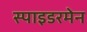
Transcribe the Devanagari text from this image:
स्पाइडरमेन